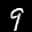
Label: 9